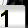
Digit: 1